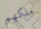
ملكهم